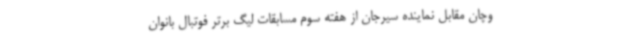
وچان مقابل نماینده سیرجان از هفته سوم مسابقات لیگ برتر فوتبال بانوان